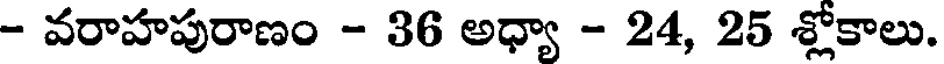
- వరాహపురాణం - 36 అధ్యా - 24, 25 శ్లోకాలు.